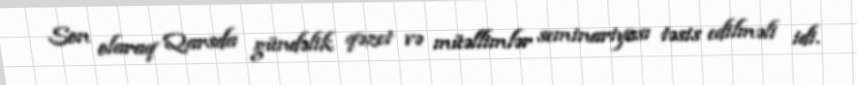
Son olaraq Qarsda gündəlik qəzet və müəllimlər seminariyası təsis edilməli idi.